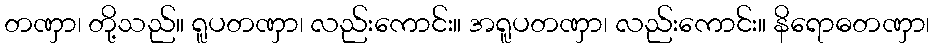
တဏှာ၊ တို့သည်။ ရူပတဏှာ၊ လည်းကောင်း။ အရူပတဏှာ၊ လည်းကောင်း။ နိရောဓတဏှာ၊